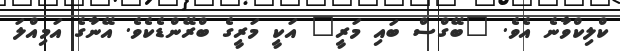
ކްލިކްވާނެ އެވެ. "ބޭގްސް ބައި މަރީ" އަކީ މަރީގެ ބްރޭންޑެކެވެ. އޭނާގެ އަމިއްލަ